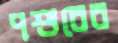
পশুরের